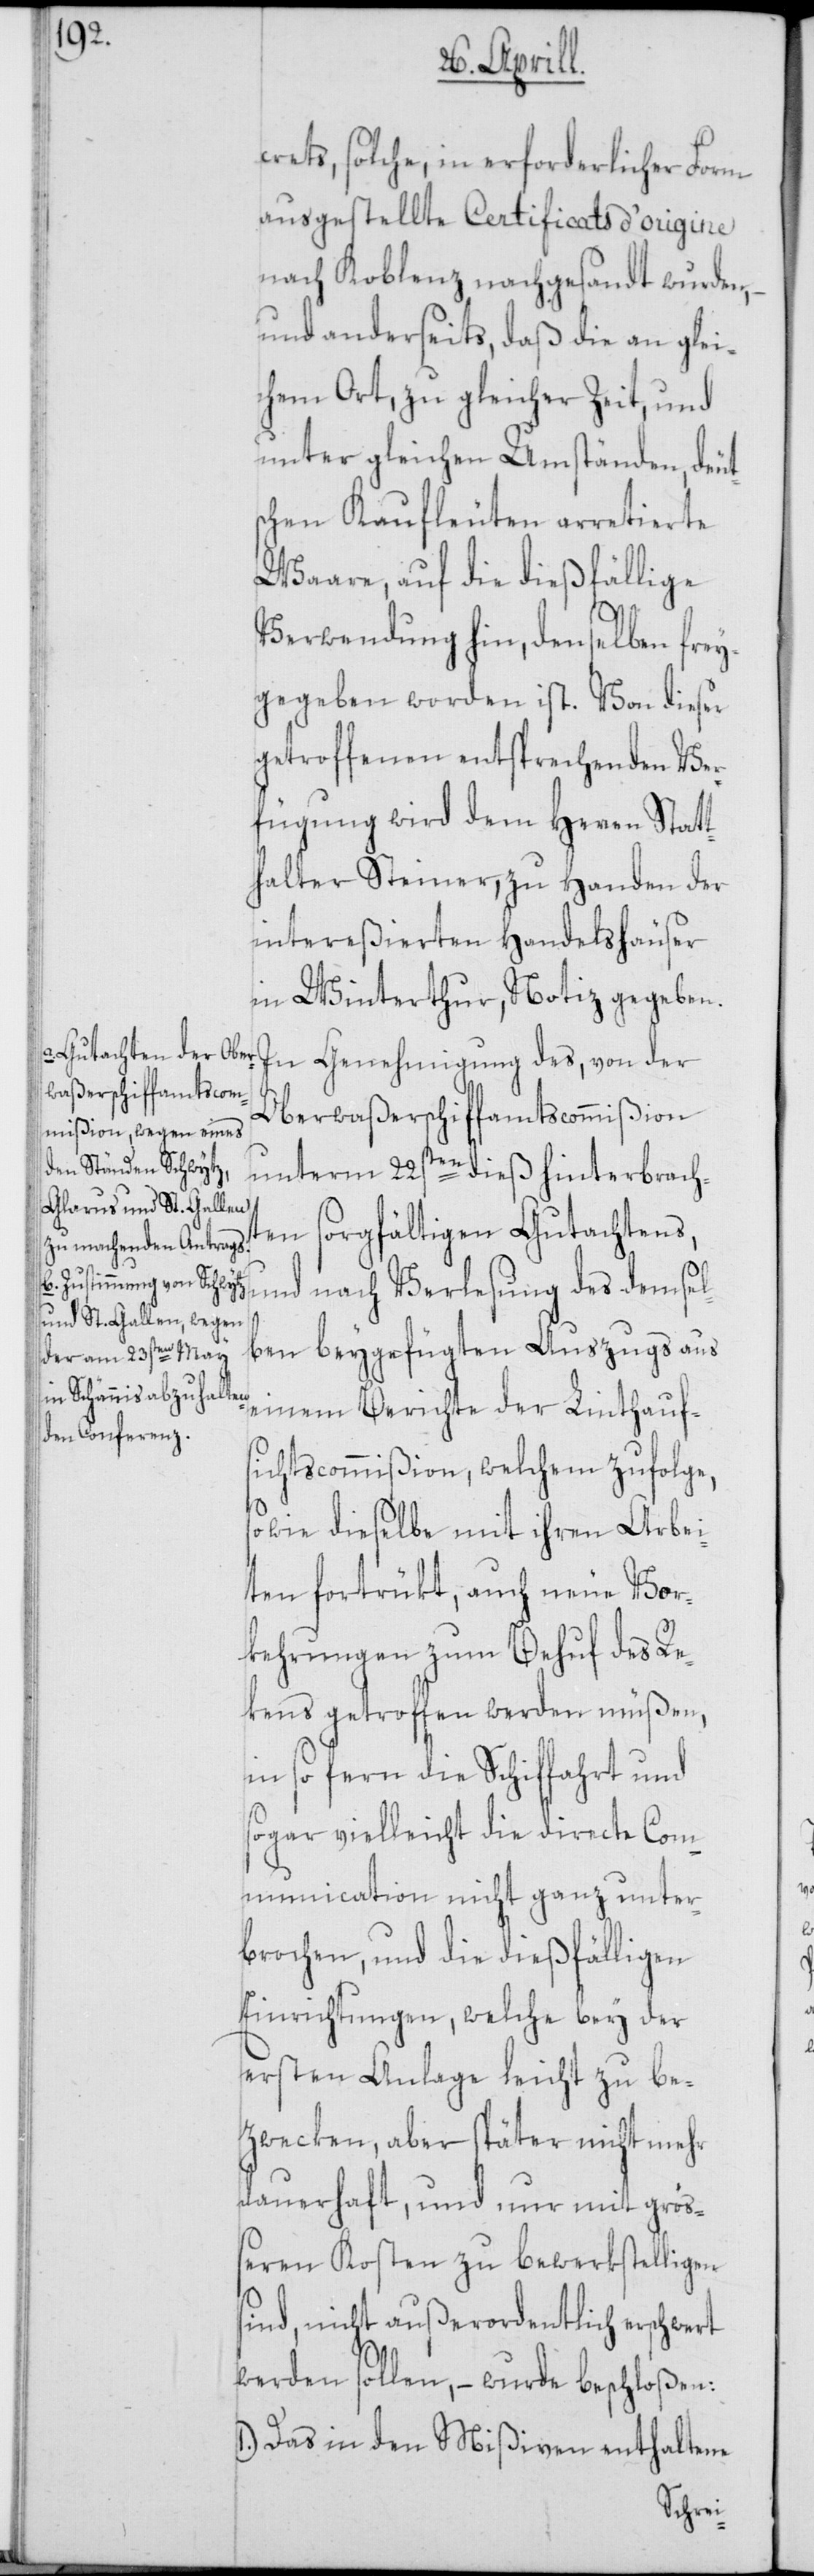
crets, solche, in erforderlicher Form
ausgestellte Certificats d’origine
nach Koblenz nachgesandt wurden,
und anderseits, daß die an glei¬
chem Ort, zu gleicher Zeit, und
unter gleichen Umständen, deut¬
schen Kaufleuten arretierte
Waare, auf die dießfällige
Verwendung hin, denselben frey¬
gegeben worden ist. Von dieser
getroffenen entsprechenden Ver¬
fügung wird dem Herren Statt¬
halter Steiner, zu Handen der
intereßierten Handelshäuser
in Winterthur, Notiz gegeben.
In Genehmigung des, von der
Oberwaßerschiffamtscommißion
unterm 22sten dieß hinterbrach¬
ten sorgfältigen Gutachtens,
und nach Verlesung des demsel¬
ben beygefügten Auszugs aus
einem Berichte der Linthauf¬
sichtscommißion, welchem zufolge,
sowie dieselbe mit ihren Arbei¬
ten fortrükt, auch neue Vor¬
kehrungen zum Behuf des Re¬
kens getroffen werden müßen,
insofern die Schiffahrt und
sogar vielleicht die directe Com¬
munication nicht ganz unter¬
brochen, und die dießfälligen
Einrichtungen, welche bey der
ersten Anlage leicht zu be¬
zwecken, aber später nicht mehr
dauerhaft, und nur mit größ¬
eren Kosten zu bewerkstelligen
sind, nicht außerordentlich erschwert
werden sollen, – wurde beschloßen:
1.) Das in den Mißiven enthaltene